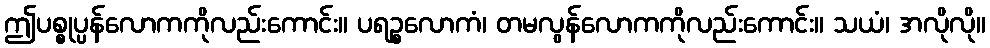
ဤပစ္စုပ္ပန်လောကကိုလည်းကောင်း။ ပရဉ္စလောကံ၊ တမလွန်လောကကိုလည်းကောင်း။ သယံ၊ အလိုလို။